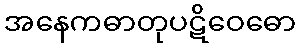
အနေကဓာတုပဋိဝေဓော